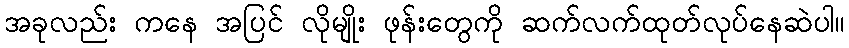
အခုလည်း ကနေ အပြင် လိုမျိုး ဖုန်းတွေကို ဆက်လက်ထုတ်လုပ်နေဆဲပါ။